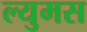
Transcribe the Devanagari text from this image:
ल्युमस